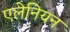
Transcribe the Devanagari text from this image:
एलेनियन